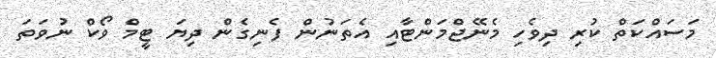
މަސައްކަތް ކުރި ދިވެހި މެނޭޖްމަންޓާއި އެތަނުން ފެނިގެން ދިޔަ ޓީމް ވޯކް ނުވަތަ